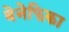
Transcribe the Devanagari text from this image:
बेनेफिका